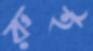
রুই